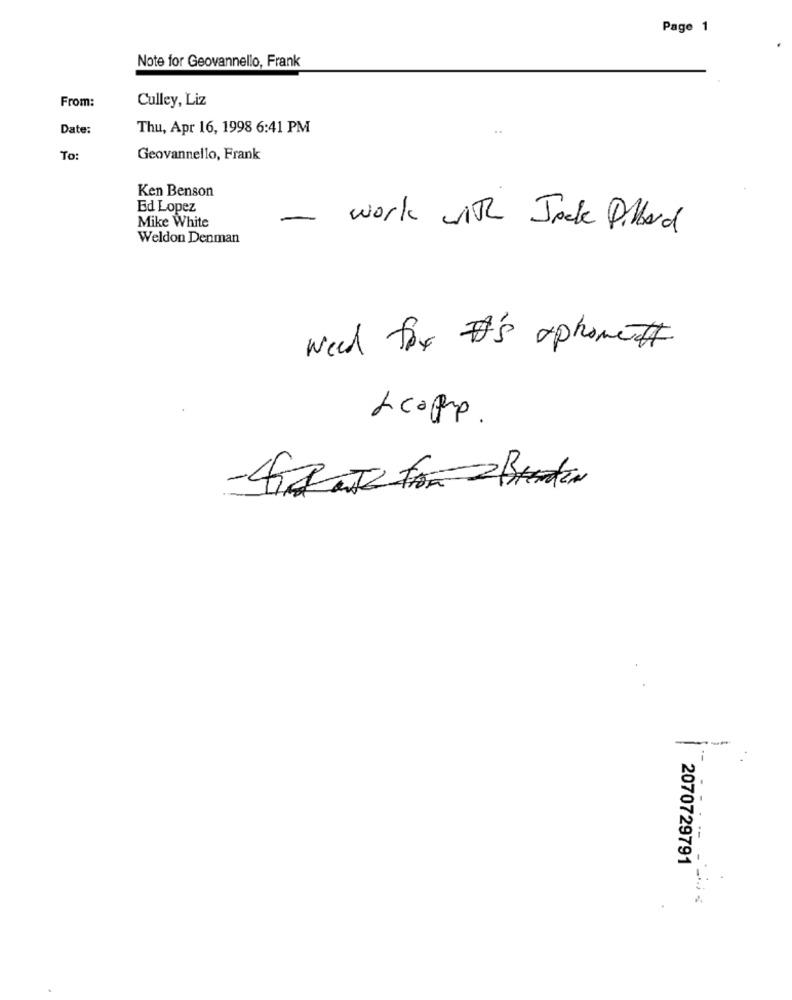
Page 1
Note for Geovannello, Frank
From:
Culley, Liz
Date:
Thu, Apr 16, 1998 6:41 PM
To:
Geovannello, Frank
Ken Benson
Ed Lopez
Mike White
work with Jack Dillard
Weldon Denman
weed for #'s aphone#
ficoque .
2070729791
! !